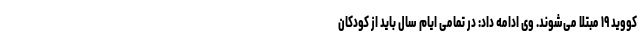
کووید ۱۹ مبتلا می‌شوند. وی ادامه داد: در تمامی ایام سال باید از کودکان